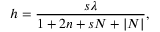
h = { \frac { s \lambda } { 1 + 2 n + s N + | N | } } ,